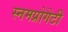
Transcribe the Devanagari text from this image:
स्नमप्रोगेटी